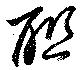
聯